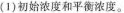
(1)初始浓度和平衡浓度。